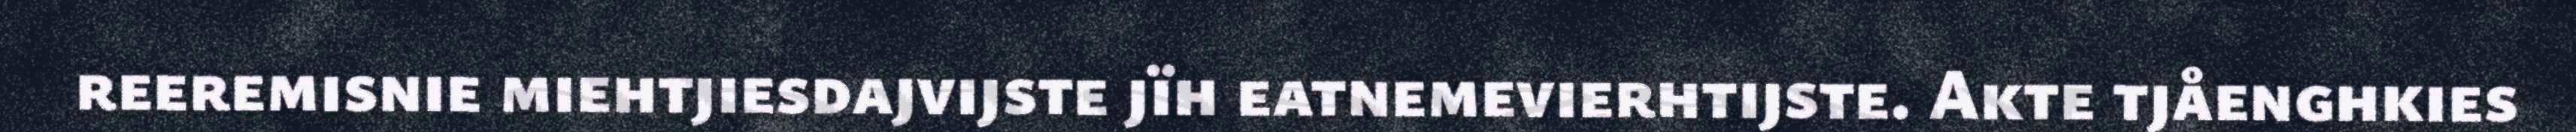
reeremisnie miehtjiesdajvijste jïh eatnemevierhtijste. Akte tjåenghkies